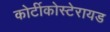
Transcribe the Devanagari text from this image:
कोर्टीकोस्टेरायड